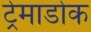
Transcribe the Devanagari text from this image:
ट्रेमाडोक